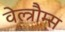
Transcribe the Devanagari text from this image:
वेल्त्रौम्स